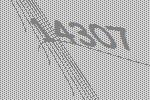
14307